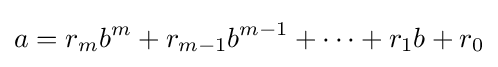
a=r_{m}b^{m}+r_{m-1}b^{m-1}+\dotsb +r_{1}b+r_{0}